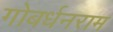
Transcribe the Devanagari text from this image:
गोबर्धनराम